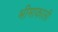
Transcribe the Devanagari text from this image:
भीमाकाली